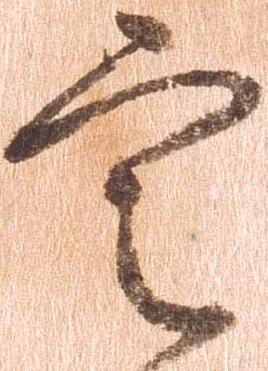
定